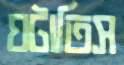
ঘটাতিস